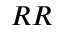
R R